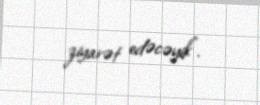
ziyarət edəcəyik".